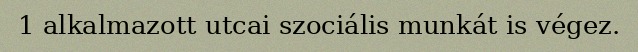
1 alkalmazott utcai szociális munkát is végez.